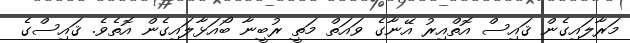
މަރާލައިގެން ޤައިސް އޮތްއިރު އޭނާގެ ވައަތް މަތީ ރުބީނާ ބޯއަޅާލައިގެން އޮތެވެ. ޤައިސްގެ